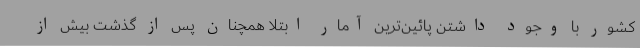
کشور با وجود داشتن پائین‌ترین آمار ابتلا همچنان پس از گذشت بیش از